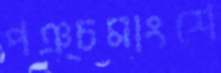
পঞ্চমাংশে